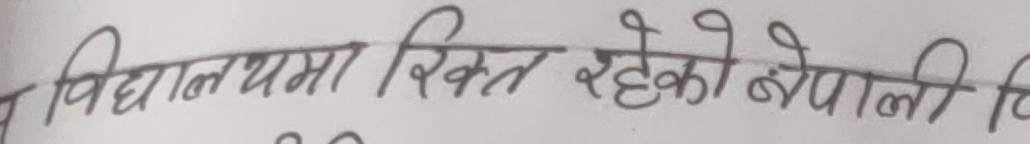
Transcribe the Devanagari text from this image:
विद्यालयमा रिक्त रहेको नेपाली वि